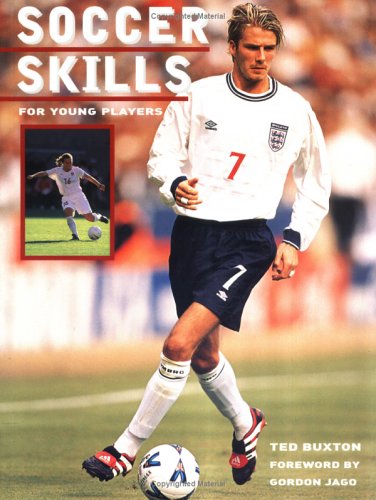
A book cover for Soccer Skills: For Young Players; Ted Buxton; Children's Books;